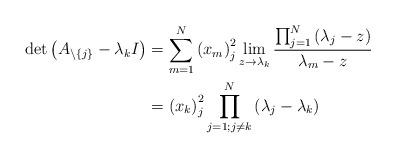
LaTeX: \begin{align*}\det\left( A_{\backslash\left\{ j\right\} }-\lambda_{k}I\right) &=\sum_{m=1}^{N}\left( x_{m}\right) _{j}^{2}\lim_{z\rightarrow\lambda_{k}}\frac{\prod_{j=1}^{N}\left( \lambda_{j}-z\right) }{\lambda_{m}-z}\\& =\left( x_{k}\right) _{j}^{2}\prod_{j=1;j\neq k}^{N}\left( \lambda_{j}-\lambda_{k}\right)\end{align*}